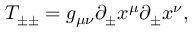
T _ { \pm \pm } = g _ { \mu \nu } \partial _ { \pm } x ^ { \mu } \partial _ { \pm } x ^ { \nu } ,